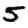
Digit: 5